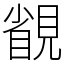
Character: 䚇